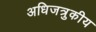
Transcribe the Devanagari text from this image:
अधिजत्रुकीय